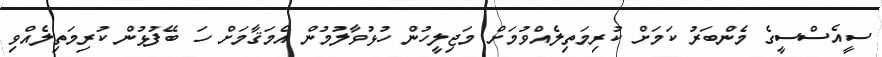
ސީއެސްސީގެ މެންބަރު ކަމަށް ކުރިމަތިލެއްވުމަށް މަޖިލީހުން ހުޅުވާލުމުން އެމަޤާމަށް ހަ ބޭފުޅުން ކުރިމަތިލެއްވި